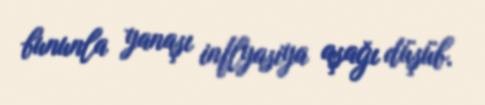
bununla yanaşı inflyasiya aşağı düşüb.